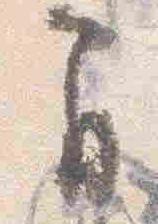
間